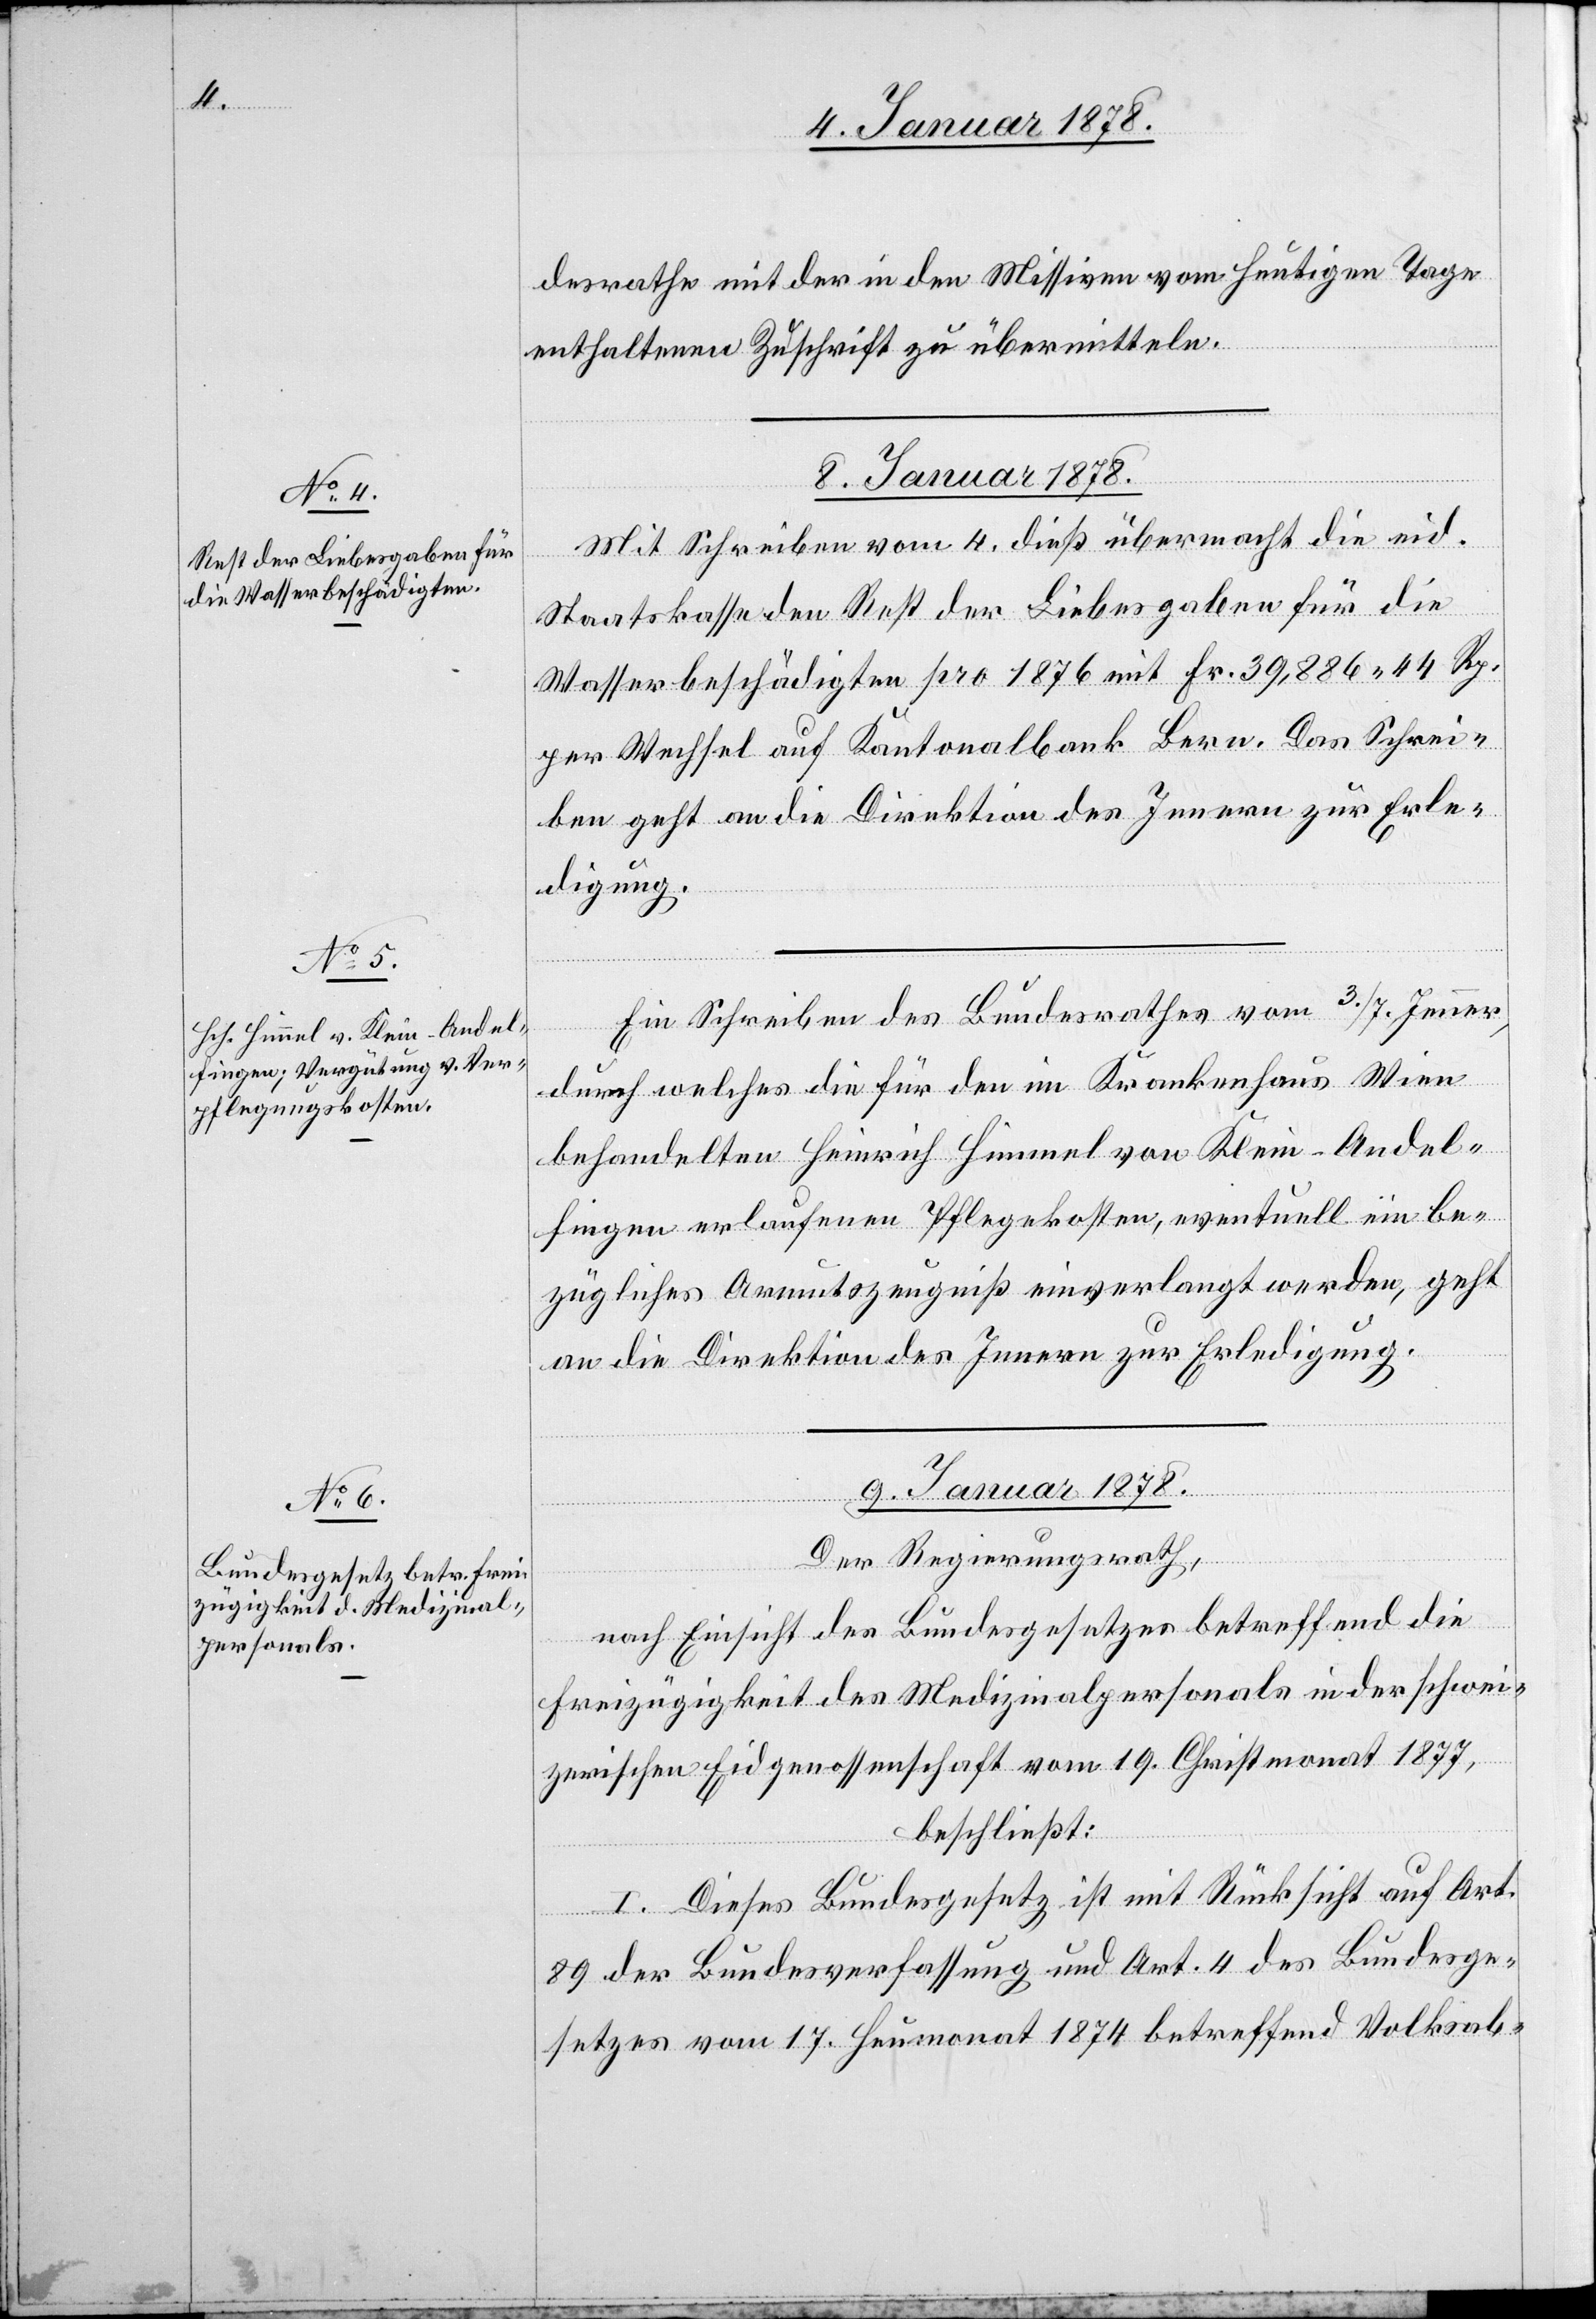
desrathe mit der in den Missiven vom heutigen Tage
enthaltenen Zuschrift zu übermitteln.
8 Januar 1878.]
Mit Schreiben vom 4 dies übermacht die eid.
Staatskassa den Rest der Liebesgaben für die
Wasserbeschädigten pro 1876 mit Fr. 39,886. 44 Rp.
per Wechsel auf [die] Kantonalbank Bern. Das Schrei¬
ben geht an die Direktion des Innern zur Erle¬
digung.
Ein Schreiben des Bundesrathes vom 3/7 Jenner,
durch welches die für den im Krankenhaus Wien
behandelten Heinrich Himmel von Klein-Andel¬
fingen erlaufenen Pflegekosten, eventuell ein be¬
zügliches Armutszeugniß einverlangt werden, geht
an die Direktion des Innern zur Erledigung.
9 Januar 1878.
Der Regierungsrath,
nach Einsicht des Bundesgesetzes betreffend die
Freizügigkeit des Medizinalpersonals in der schwei¬
zerischen Eidgenossenschaft vom 19 Christmonat 1877,
beschließt:
I. Dieses Bundesgesetz ist mit Rücksicht auf Art.
89 der Bundesverfassung und Art. 4 des Bundesge¬
setzes vom 17 Heumonat 1874 betreffend Volks-